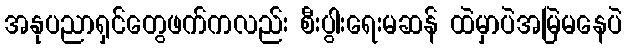
အနုပညာရှင်တွေဖက်ကလည်း စီးပွါးရေးမဆန် ထဲမှာပဲအမြဲမနေပဲ